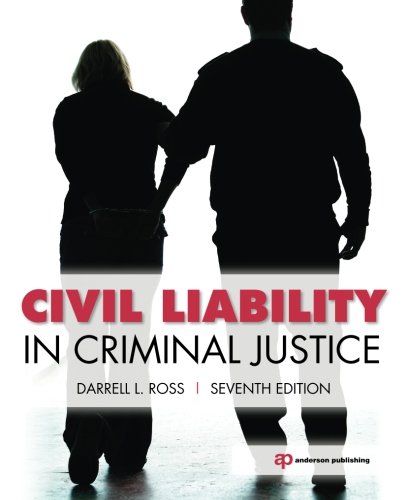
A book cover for Civil Liability in Criminal Justice; Darrell L. Ross; Law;